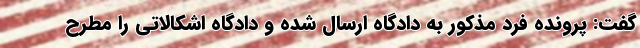
گفت: پرونده فرد مذکور به دادگاه ارسال شده و دادگاه اشکالاتی را مطرح